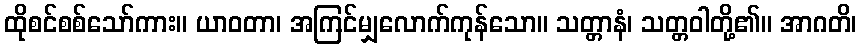
ထိုစင်စစ်သော်ကား။ ယာဝတာ၊ အကြင်မျှလောက်ကုန်သော။ သတ္တာနံ၊ သတ္တဝါတို့၏။ အာဂတိ၊